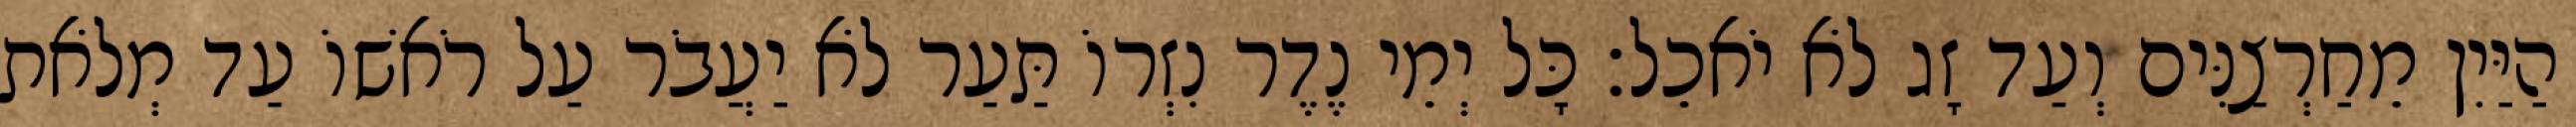
הַיַּיִן מֵחַרְצַנִּים וְעַד זָג לֹא יֹאכֵל׃ כָּל יְמֵי נֶדֶר נִזְרוֹ תַּעַר לֹא יַעֲבֹר עַל רֹאשׁוֹ עַד מְלֹאת